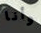
وأنا